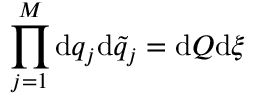
\prod _ { j = 1 } ^ { M } \mathrm { d } q _ { j } \mathrm { d } \tilde { q } _ { j } = \mathrm { d } Q \mathrm { d } \xi